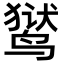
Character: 𬸚